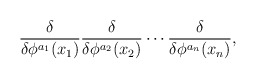
\begin{align*}{\delta\over\delta\phi^{a_1}(x_1)}{\delta\over\delta\phi^{a_2}(x_2)}\cdots {\delta\over\delta\phi^{a_n}(x_n)},\end{align*}